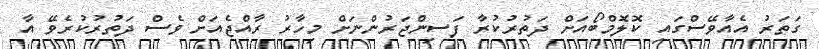
ގަތަރު އެއާވޭސްގައި ކޮލޮމްބޯއަށް ދަތުރުކުރާ ފަސިންޖަރުންނަށް މިހާރު ރާއްޖެއަށް ވެސް ދަތުރުކުރެވޭ އާ